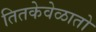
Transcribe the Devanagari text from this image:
तितकेवेळातो